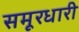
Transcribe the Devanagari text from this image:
समूरधारी